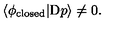
\langle \phi _ { \mathrm { c l o s e d } } | \mathrm { D } p \rangle \not = 0 .